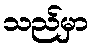
သည်မှာ